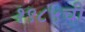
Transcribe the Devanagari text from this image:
१९८५ची